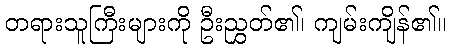
တရားသူကြီးများကို ဦးညွှတ်၏၊ ကျမ်းကျိန်၏။